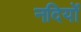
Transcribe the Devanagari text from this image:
नदियों